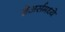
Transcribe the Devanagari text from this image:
शेअर्समध्ये